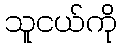
သူငယ်ကို